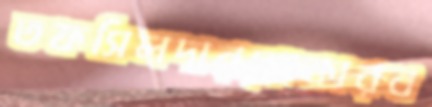
তফসিলদারব্রোকারব